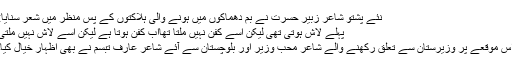
نئے پشتو شاعر زبیر حسرت نے بم دھماکوں میں ہونے والی ہلاکتوں کے پس منظر میں شعر سنایا:
پہلے لاش ہوتی تھی لیکن اسے کفن نہیں ملتا تھااب کفن ہوتا ہے لیکن اسے لاش نہیں ملتی
اس موقعے پر وزیرستان سے تعلق رکھنے والے شاعر محب وزیر اور بلوچستان سے آئے شاعر عارف تبسم نے بھی اظہارِ خیال کیا۔